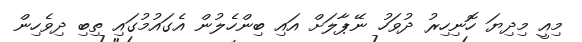
މިއީ މިދިޔަ ހޮނިހިރު ދުވަހު ނޭޕާލަށް އައި ބިންހެލުން އެގައުމުގައި ތިބި ދިވެހިން